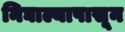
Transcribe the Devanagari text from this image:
निघाल्यापासून